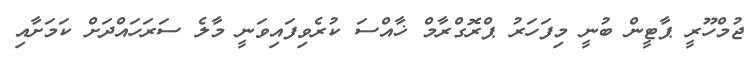
ޖުމްހޫރީ ޕާޓީން ބުނީ މިފަހަރު ޕްރޮގްރާމް ޚާއްސަ ކުރެވިފައިވަނީ މާލެ ސަރަހައްދަށް ކަމަށާއި